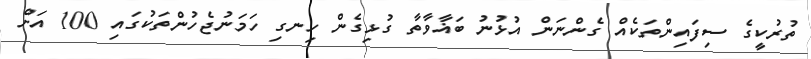
ތުރުކީގެ ސިފައިންތަކެއް ގެންނަން އުޅުނު ބަޣާވާތާ ގުޅިގެން ހިނގި ހަމަނުޖެހުންތަކުގައި 100 އަށް